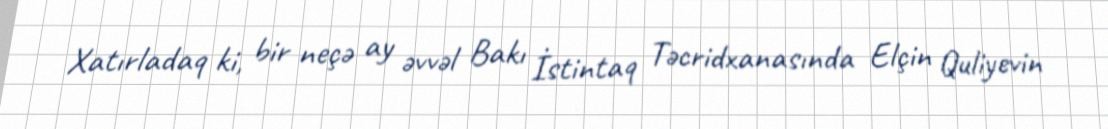
Xatırladaq ki, bir neçə ay əvvəl Bakı İstintaq Təcridxanasında Elçin Quliyevin